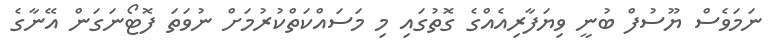
ނަމަވެސް ޔޫސުފް ބުނީ ވިޔަފާރިއެއްގެ ގޮތުގައި މި މަސައްކަތްކުރުމަށް ނުވަތަ ފޮޓޯނަގަން އޭނާގެ